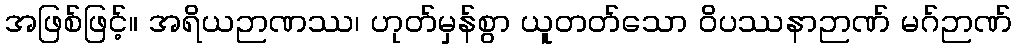
အဖြစ်ဖြင့်။ အရိယဉာဏဿ၊ ဟုတ်မှန်စွာ ယူတတ်သော ဝိပဿနာဉာဏ် မဂ်ဉာဏ်